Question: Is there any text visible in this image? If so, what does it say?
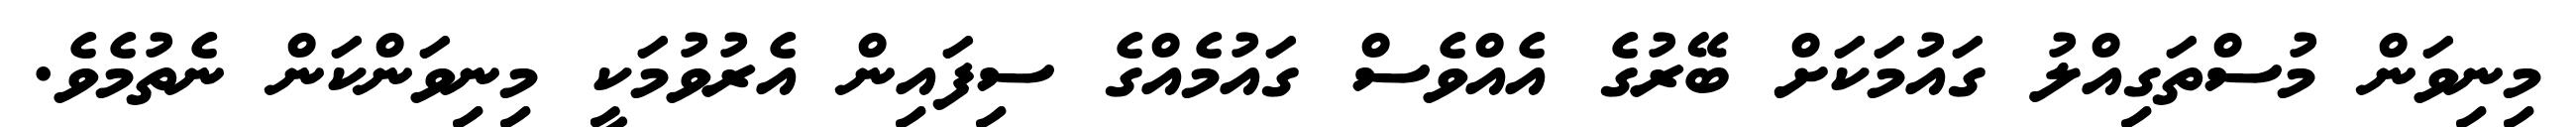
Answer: މިނިވަން މުސްތަގިއްލު ގައުމަކަށް ބޭރުގެ އެއްވެސް ގައުމެއްގެ ސިފައިން އެރުވުމަކީ މިނިވަންކަން ނެތުމެވެ.